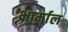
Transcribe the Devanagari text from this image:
भार्माल